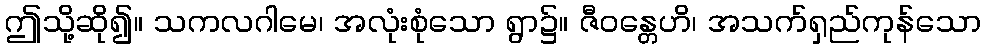
ဤသို့ဆို၍။ သကလဂါမေ၊ အလုံးစုံသော ရွာ၌။ ဇီဝန္တေဟိ၊ အသက်ရှည်ကုန်သော